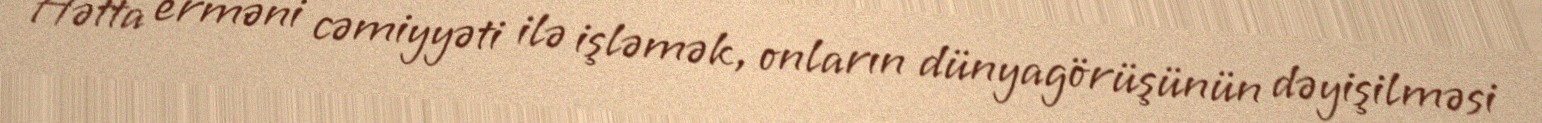
Hətta erməni cəmiyyəti ilə işləmək, onların dünyagörüşünün dəyişilməsi